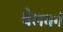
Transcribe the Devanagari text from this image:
वेलबर्ग